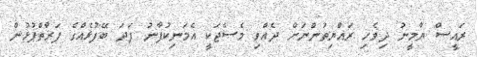
ރައީސް ޔާމީނު ދިވެހި ރައްޔިތުންނަށް ދެއްވި މެސެޖަކީ އެމަނިކުފާނު ފަދަ ބޭފުޅެއްގެ ފަރާތްޕުޅުން